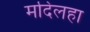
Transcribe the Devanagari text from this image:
मदिलहा